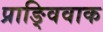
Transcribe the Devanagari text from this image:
प्राङ्विवाक